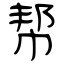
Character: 帮